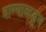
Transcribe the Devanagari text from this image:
वाण्याकडून